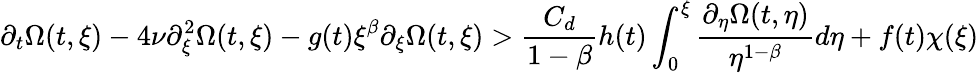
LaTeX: \partial_{t}\Omega(t,\xi)-4\nu\partial_{\xi}^{2}\Omega(t,\xi)-g(t)\xi^{\beta}\partial_{\xi}\Omega(t,\xi)>\frac{C_{d}}{1-\beta}h(t)\int_{0}^{\xi}\frac{\partial_{\eta}\Omega(t,\eta)}{\eta^{1-\beta}}d\eta+f(t)\chi(\xi)